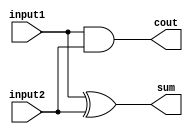
module adder(input1,input2,cout,sum);

	input input1;
	input input2;
	
	output cout;
	output sum;

	assign sum = input1 ^ input2;
	assign cout = input1 & input2;

	


endmodule